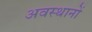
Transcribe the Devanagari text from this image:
अवस्थानों